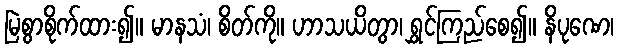
မြဲစွာစိုက်ထား၍။ မာနသံ၊ စိတ်ကို။ ဟာသယိတွာ၊ ရွှင်ကြည်စေ၍။ နိပုဏေ၊